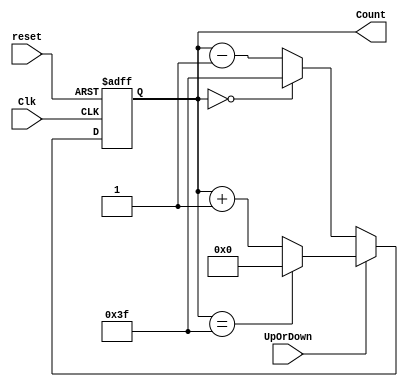
module updown_counter(Clk,reset,UpOrDown,Count);
    input Clk,reset,UpOrDown;
    output [5 : 0] Count;
    reg [5 : 0] Count = 0;  
    
     always @(posedge(Clk) or posedge(reset))
     begin
        if(reset == 1) 
            Count <= 0;
        else    
            if(UpOrDown == 1)  
                if(Count == 63)
                    Count <= 0;
                else
                    Count <= Count + 1; 
            else  
                if(Count == 0)
                    Count <= 63;
                else
                    Count <= Count - 1; 
     end    
    
endmodule